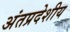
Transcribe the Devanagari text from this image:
अंतप्रदेशीय